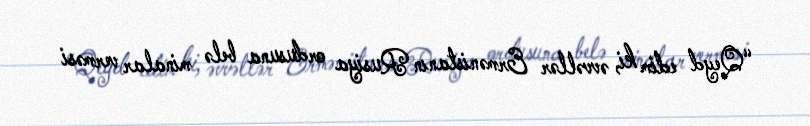
“Qeyd edim ki, əvvəllər Ermənistanın Rusiya ordusuna belə minalar verməsi